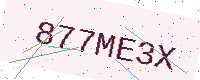
Text: 877ME3X